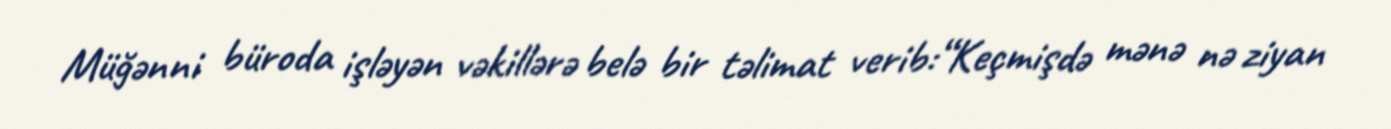
Müğənni büroda işləyən vəkillərə belə bir təlimat verib:“Keçmişdə mənə nə ziyan